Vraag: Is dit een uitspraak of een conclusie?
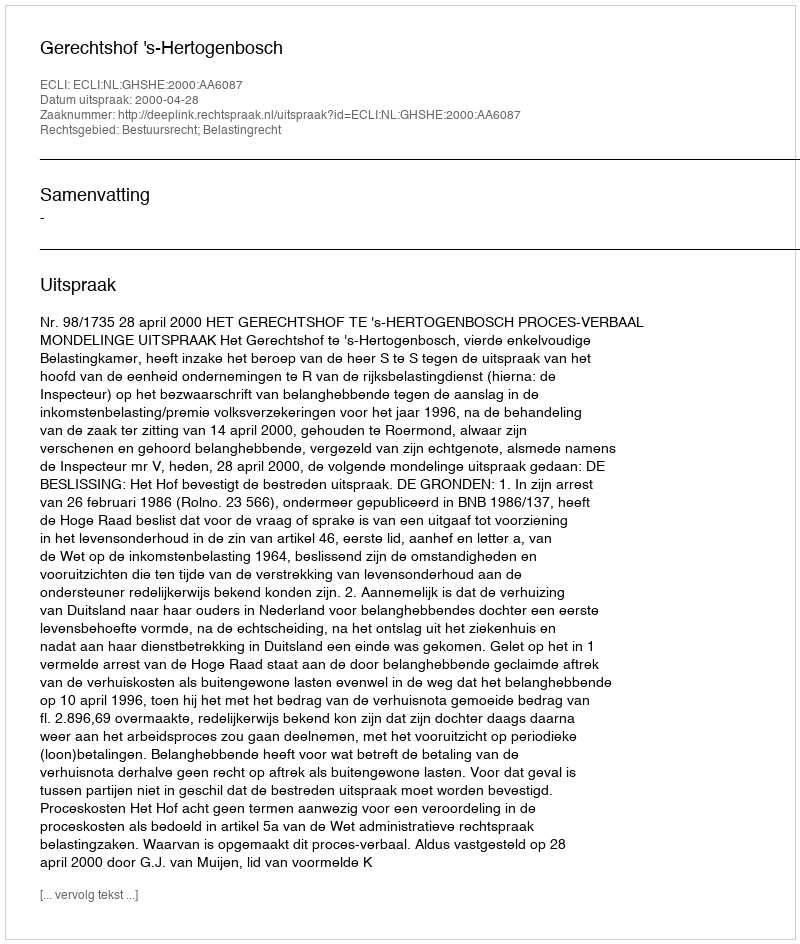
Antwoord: Uitspraak